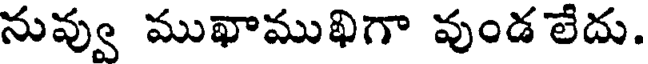
నువ్వు ముఖాముఖిగా వుండ లేదు.